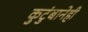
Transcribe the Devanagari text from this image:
कुटुंबानेही